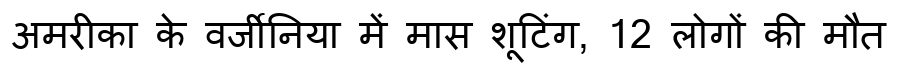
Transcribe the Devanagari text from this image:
अमरीका के वर्जीनिया में मास शूटिंग, 12 लोगों की मौत